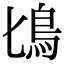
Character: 𩾕